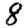
Digit: 8